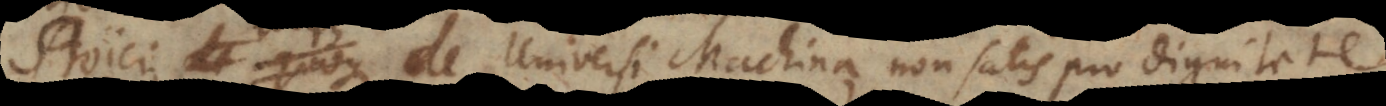
Stoici quoque de Universi Machina non satis pro dignitate